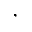
,